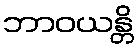
ဘာဝယန္တိ